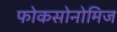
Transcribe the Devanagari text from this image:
फोकसोनोमिज